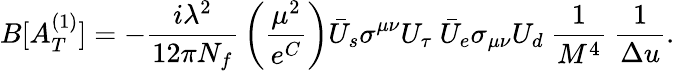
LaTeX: B[A_{T}^{(1)}]=-{\frac{i\lambda^{2}}{12\pi N_{f}}}\left({\frac{\mu^{2}}{e^{C}}}\right)\bar{U}_{s}\sigma^{\mu\nu}U_{\tau}\ \bar{U}_{e}\sigma_{\mu\nu}U_{d}\ {\frac{1}{M^{4}}}\ {\frac{1}{\Delta u}}.